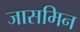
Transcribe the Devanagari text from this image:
जासमिन